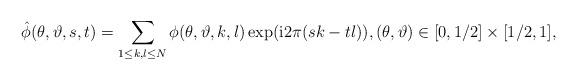
LaTeX: \begin{align*}\hat\phi(\theta,\vartheta,s,t)= \sum_{1\leq k,l\leq N}\phi(\theta,\vartheta,k,l)\exp(\mathrm{i}2\pi(sk-tl)), (\theta,\vartheta)\in[0,1/2]\times [1/2,1],\end{align*}